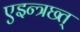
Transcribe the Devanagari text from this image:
एइन्त्रछ्त्